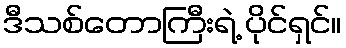
ဒီသစ်တောကြီးရဲ့ ပိုင်ရှင်။